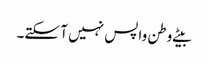
بیٹے وطن واپس نہیں آ سکتے۔